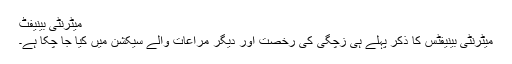
میٹرنٹی بینیفٹ
میٹرنٹی بینیفٹس کا ذکر پہلے ہی زچگی کی رخصت اور دیگر مراعات والے سیکشن میں کیا جا چکا ہے۔